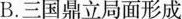
B.三国鼎立局面形成